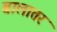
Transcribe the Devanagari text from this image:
बालातर